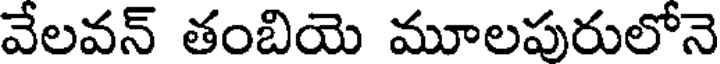
వేలవన్ తంబియె మూలపురులోనె